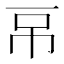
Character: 𰀌